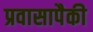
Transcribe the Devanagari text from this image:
प्रवासापैकी